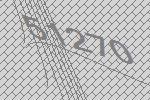
51270